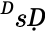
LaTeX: ^ḊsḌ